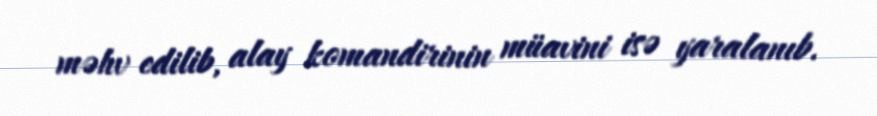
məhv edilib, alay komandirinin müavini isə yaralanıb.